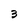
Character: 3